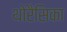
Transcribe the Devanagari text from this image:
थोरैसिका